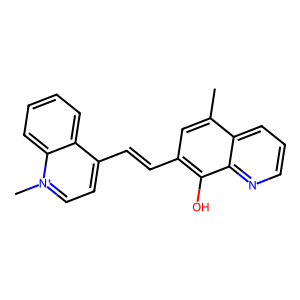
SMILES: Cc1cc(C=Cc2cc[n+](C)c3ccccc23)c(O)c2ncccc12
Inhibits HIV replication: No